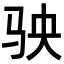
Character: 𩧫